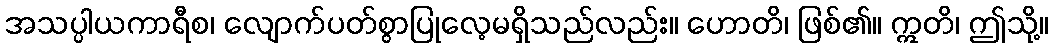
အသပ္ပါယကာရီစ၊ လျောက်ပတ်စွာပြုလေ့မရှိသည်လည်း။ ဟောတိ၊ ဖြစ်၏။ ဣတိ၊ ဤသို့။